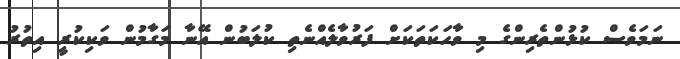
ނަމަވެސް ކުޅުންތެރިންގެ މި ވާހަކަތަކަށް ފަރުވާލެއްނެތި ކުލަބުން އޭނާ މަގާމުން ވަކިކުރީ އިތުރު